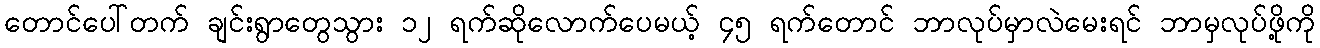
တောင်ပေါ်တက် ချင်းရွာတွေသွား ၁၂ ရက်ဆိုလောက်ပေမယ့် ၄၅ ရက်တောင် ဘာလုပ်မှာလဲမေးရင် ဘာမှလုပ်ဖို့ကို